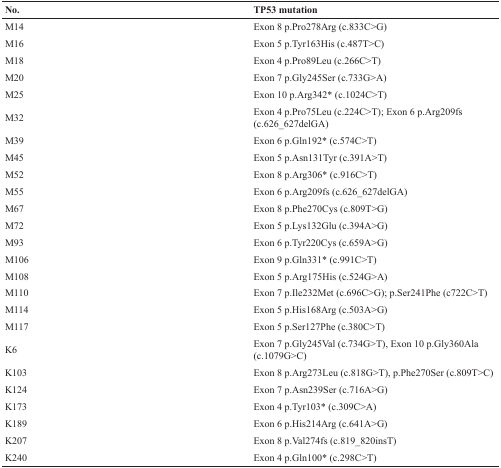
| No. | TP53 mutation |
 | --- | --- |
 | M14 | Exon 8 p.Pro278Arg (c.833C>G) |
 | M16 | Exon 5 p.Tyr163His (c.487T>C) |
 | M18 | Exon 4 p.Pro89Leu (c.266C>T) |
 | M20 | Exon 7 p.Gly245Ser (c.733G>A) |
 | M25 | Exon 10 p.Arg342* (c.1024C>T) |
 | M32 | Exon 4 p.Pro75Leu (c.224C>T); Exon 6 p.Arg209fs (c.626_627delGA) |
 | M39 | Exon 6 p.Gln192* (c.574C>T) |
 | M45 | Exon 5 p.Asn131Tyr (c.391A>T) |
 | M52 | Exon 8 p.Arg306* (c.916C>T) |
 | M55 | Exon 6 p.Arg209fs (c.626_627delGA) |
 | M67 | Exon 8 p.Phe270Cys (c.809T>G) |
 | M72 | Exon 5 p.Lys132Glu (c.394A>G) |
 | M93 | Exon 6 p.Tyr220Cys (c.659A>G) |
 | M106 | Exon 9 p.Gln331* (c.991C>T) |
 | M108 | Exon 5 p.Arg175His (c.524G>A) |
 | M110 | Exon 7 p.Ile232Met (c.696C>G); p.Ser241Phe (c722C>T) |
 | M114 | Exon 5 p.His168Arg (c.503A>G) |
 | M117 | Exon 5 p.Ser127Phe (c.380C>T) |
 | K6 | Exon 7 p.Gly245Val (c.734G>T), Exon 10 p.Gly360Ala (c.1079G>C) |
 | K103 | Exon 8 p.Arg273Leu (c.818G>T), p.Phe270Ser (c.809T>C) |
 | K124 | Exon 7 p.Asn239Ser (c.716A>G) |
 | K173 | Exon 4 p.Tyr103* (c.309C>A) |
 | K189 | Exon 6 p.His214Arg (c.641A>G) |
 | K207 | Exon 8 p.Val274fs (c.819_820insT) |
 | K240 | Exon 4 p.Gln100* (c.298C>T) |